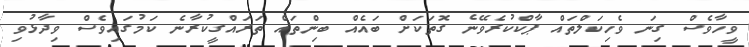
ވީހާވެސް ގިނަ ވެހިކަލްތައް ޕާކްކުރެވޭނެ ގޮތަކަށް ބައެއް ބިންތައް ތަރައްގީކުރާނެ ކަމުގައިވެސް ވިދާޅުވި